Annual administration report of the Civil Veterinary Department of India - 1892-1893
Year: 1892
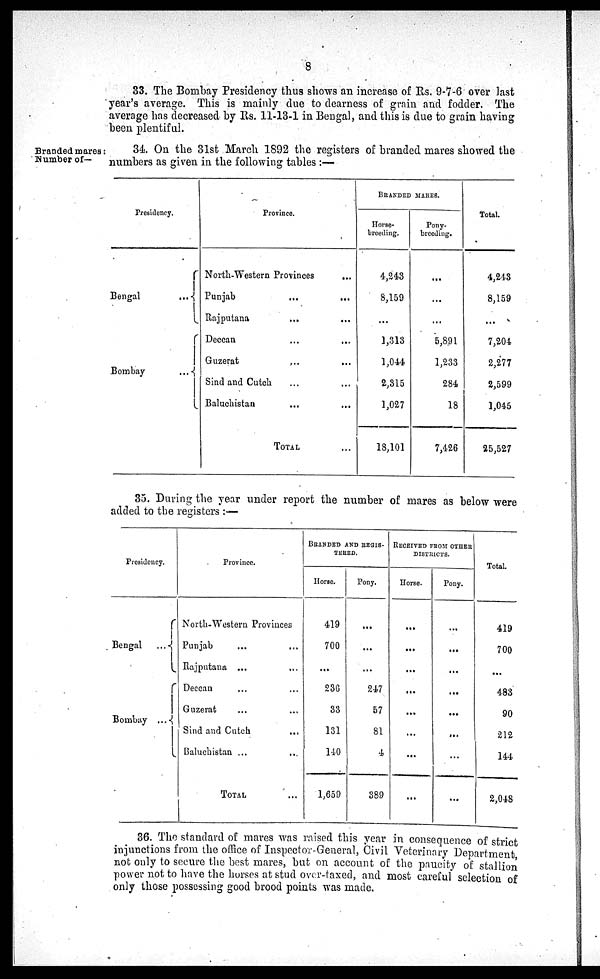
8
33. The Bombay Presidency thus shows an increase of Rs. 9-7-6 over last
year's average. This is mainly due to dearness of grain and fodder. The
average has decreased by Rs. 11-13-1 in Bengal, and this is due to grain having
been plentiful.
Branded mares:
Number of—
34. On the 31st March 1892 the registers of branded mares showed the
numbers as given in the following tables:—
Presidency.
Bengal
...
Bombay
...
Province.
North-Western Provinces
...
Punjab
... ...
Rajputana
...
...
Deccan ... ...
Guzerat ... ...
Sind and Cutch ... ...
Baluchistan ... ...
TOTAL ...
BRANDED MARES.
Horse-
breeding.
4,243
8,159
...
1,313
1,044
2,315
1,027
18,101
Pony-
breeding.
...
...
...
5,891
1,233
284
18
7,426
Total.
4,243
8,159
...
7,204
2,277
2,599
1,045
25,527
35. During the year under report the number of mares as below were
added to the registers:—
Presidency.
Bengal
...
Bombay
...
Province.
North-Western Provinces
Punjab ... ...
Rajputana ... ...
Deccan ... ...
Guzerat ... ...
Sind and Cutch ...
Baluchistan ... ...
TOTAL ...
BRANDED AND REGIS-
TERED.
Horse.
419
700
...
236
33
131
140
1,659
Pony.
...
...
...
247
57
81
4
389
RECEIVED FROM OTHER
DISTRICTS.
Horse.
...
...
...
...
...
...
...
...
Pony.
...
...
...
...
...
...
...
...
Total.
419
700
...
483
90
212
144
2,048
36. The standard of mares was raised this year in consequence of strict
injunctions from the office of Inspector-General, Civil Veterinary Department,
not only to secure the best mares, but on account of the paucity of stallion
power not to have the horses at stud over-taxed, and most careful selection of
only those possessing good brood points was made.